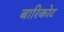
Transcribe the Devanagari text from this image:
बारिकोट